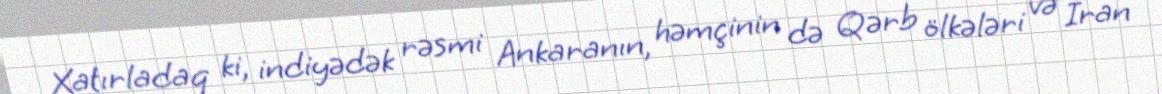
Xatırladaq ki, indiyədək rəsmi Ankaranın, həmçinin də Qərb ölkələri və İran